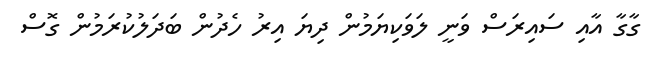
ގާގާ އާއި ސައިރަސް ވަނީ ލަވަކިޔަމުން ދިޔަ އިރު ހެދުން ބަދަލުކުރަމުން ގޮސް